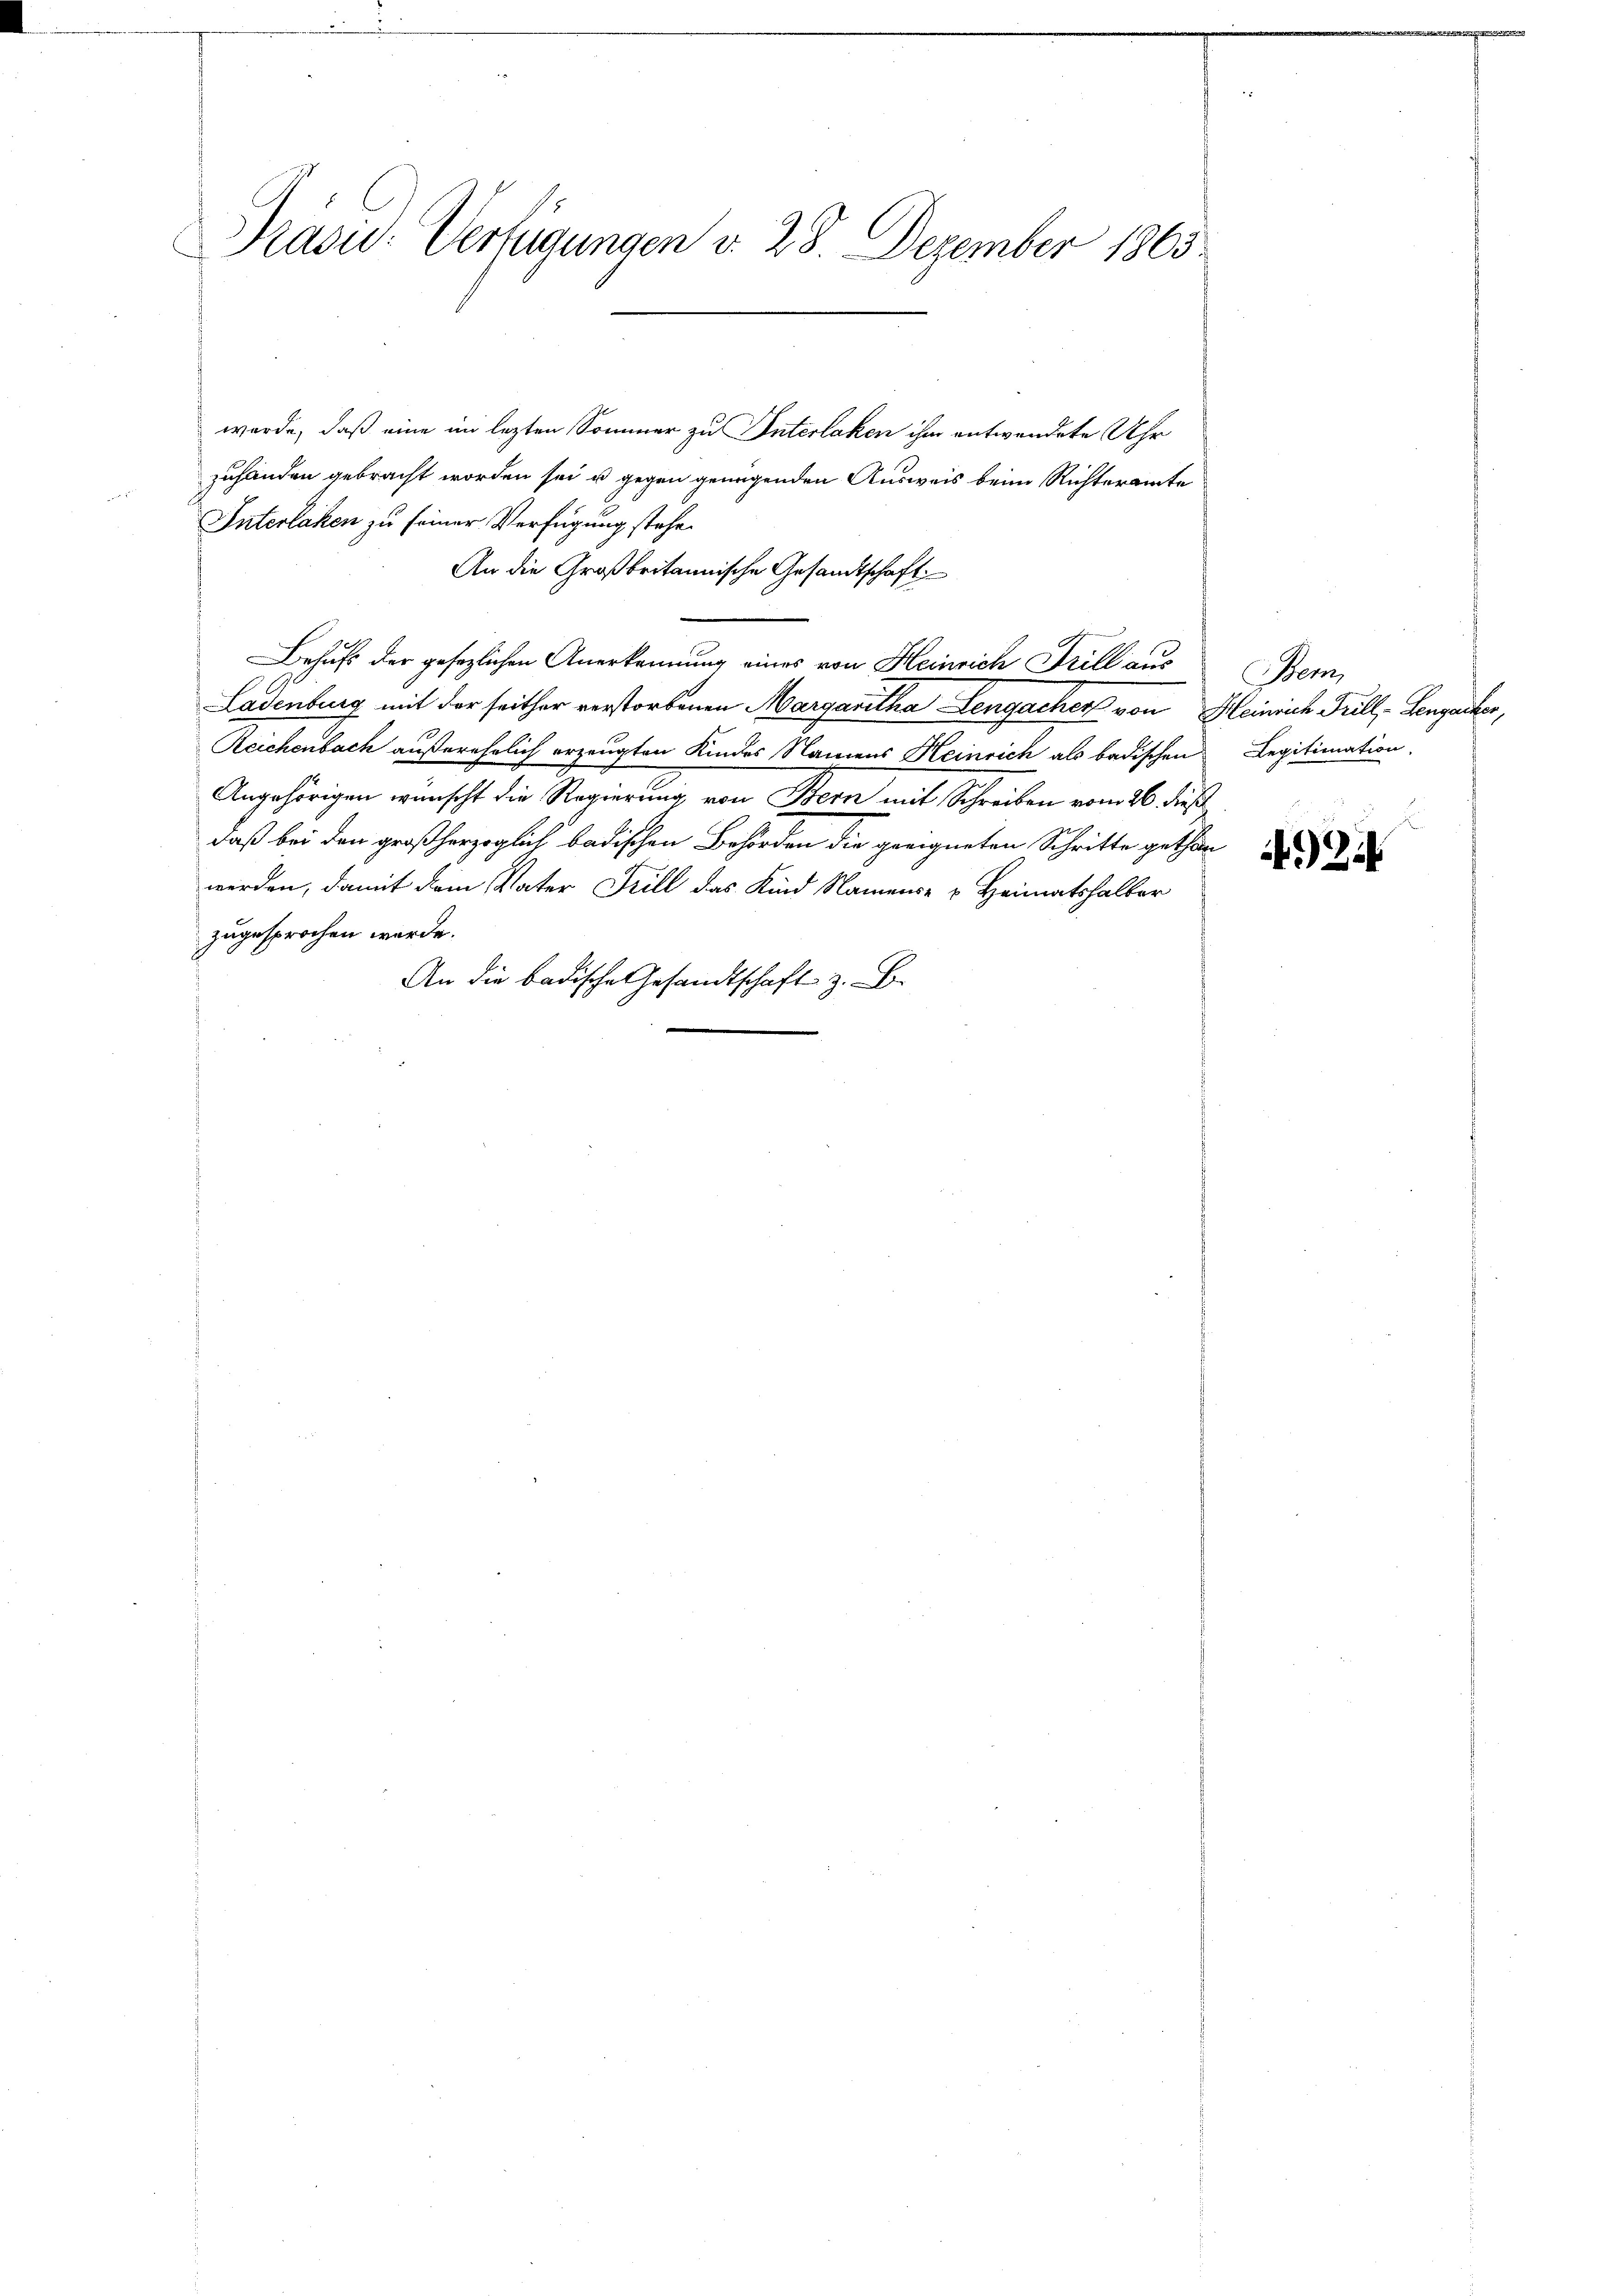
Präsid-Verfügungen v. 28. Dezember 1863.

werde, daß eine im lezten Sommer zu Interlaken ihm entwendete Uhr
zuhänden gebracht worden sei u. gegen genügenden Ausweis beim Richteramte
Interlaken zu seiner Verfügung stehe.
An die Großbritannische Gesandtschaft
Behufs der gesezlichen Anerkennung eines von Heinrich Frill aus
Ladenburg mit der seither verstorbenen Margaritha Lengacher von Heinrich Frill - Lengacker,
Reichenbach außerehelich erzeugten Kindes Namens Heinrich als badischen
Angehörigen wünscht die Regierung von Bern mit Schreiben vom 26. dieß
daß bei den großherzoglich badischen Behörden die geeigneten Schritte gethan
werden, damit dem Vater Frill das Kind Namens- & Heimatshalber
zugesprochen werde.
An die badische Gesandtschaft z. B.

Bem,
Legitimation.

43